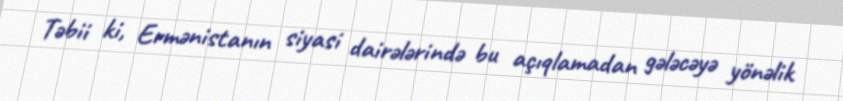
Təbii ki, Ermənistanın siyasi dairələrində bu açıqlamadan gələcəyə yönəlik